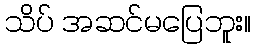
သိပ် အဆင်မပြေဘူး။